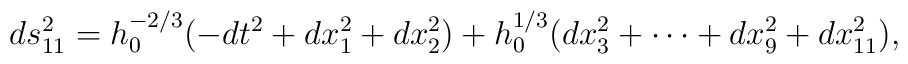
ds^2_{11} = h_0^{-2/3} (-dt^2+dx_1^2+dx_2^2)       +h_0^{1/3} (dx_3^2 + \cdots + dx_9^2+dx_{11}^2) ,